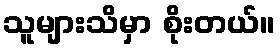
သူများသိမှာ စိုးတယ်။